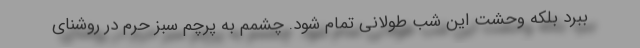
ببرد بلکه وحشت این شب طولانی تمام شود. چشمم به پرچم سبز حرم در روشنای